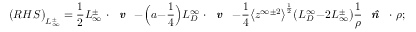
\big ( R H S \big ) _ { L _ { \infty } ^ { \pm } } = \frac { 1 } { 2 } L _ { \infty } ^ { \pm } \mathbf { \nabla } \cdot \textbf { \emph { v } } - \Big ( a - \frac { 1 } { 4 } \Big ) L _ { D } ^ { \infty } \mathbf { \nabla } \cdot \textbf { \emph { v } } - \frac { 1 } { 4 } \big < z ^ { \infty \pm 2 } \big > ^ { \frac { 1 } { 2 } } \big ( L _ { D } ^ { \infty } - 2 L _ { \infty } ^ { \pm } \big ) \frac { 1 } { \rho } \textbf { \emph { \^ n } } \cdot \mathbf { \nabla } \rho ;